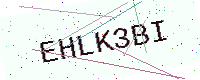
Text: EHLK3BI